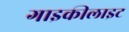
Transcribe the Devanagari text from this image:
गाइकीलाइट